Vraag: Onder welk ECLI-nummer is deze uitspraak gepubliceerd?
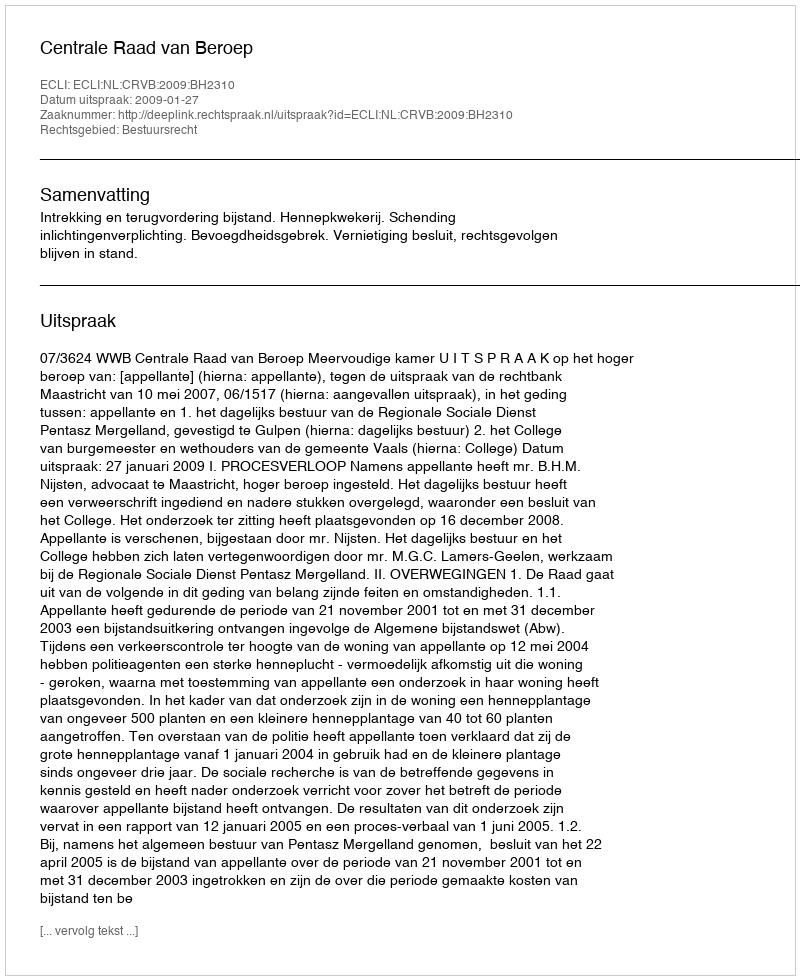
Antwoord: ECLI:NL:CRVB:2009:BH2310